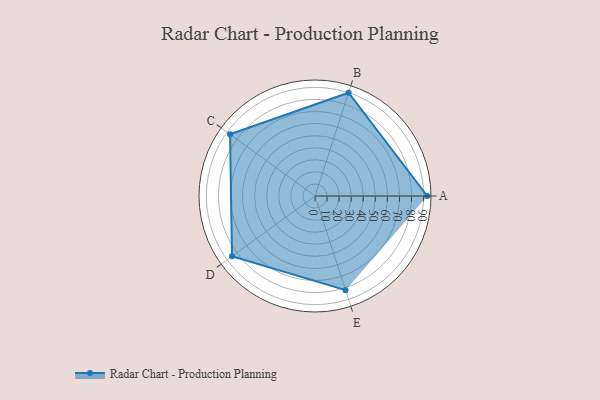
{"axis": {"x": "Skill", "y": "Score"}, "legend": ["Profile"], "data": [{"x": "A", "y": 93.0, "type": "Profile"}, {"x": "B", "y": 90.0, "type": "Profile"}, {"x": "C", "y": 87.0, "type": "Profile"}, {"x": "D", "y": 85.0, "type": "Profile"}, {"x": "E", "y": 82.0, "type": "Profile"}]}